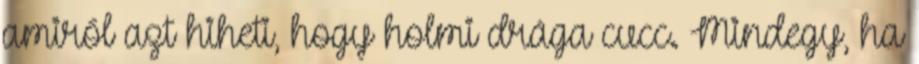
amiről azt hiheti, hogy holmi drága cucc. Mindegy, ha